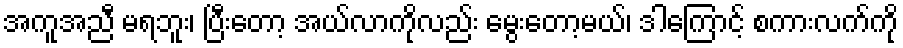
အကူအညီ မရဘူး၊ ပြီးတော့ အယ်လာကိုလည်း မွေးတော့မယ်၊ ဒါကြောင့် စကားလက်ကို